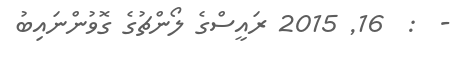
-  :  16